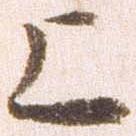
上